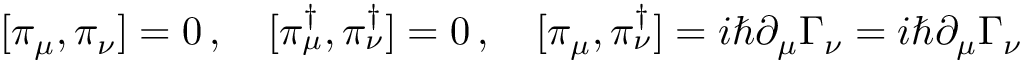
[ \pi _ { \mu } , \pi _ { \nu } ] = 0 \, , \quad [ \pi _ { \mu } ^ { \dag } , \pi _ { \nu } ^ { \dag } ] = 0 \, , \quad [ \pi _ { \mu } , \pi _ { \nu } ^ { \dag } ] = i \hbar \partial _ { \mu } \Gamma _ { \nu } = i \hbar \partial _ { \mu } \Gamma _ { \nu }